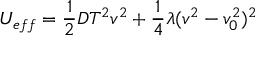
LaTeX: U _ { e f f } = \frac { 1 } { 2 } D T ^ { 2 } v ^ { 2 } + \frac { 1 } { 4 } \lambda ( v ^ { 2 } - v _ { 0 } ^ { 2 } ) ^ { 2 }